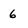
Character: 6